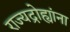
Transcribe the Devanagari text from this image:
राज्यद्रोह्यांना